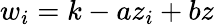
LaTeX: w_{i}=k-az_{i}+bz